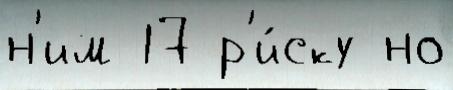
н'им 17 р'и́ску но